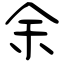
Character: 余